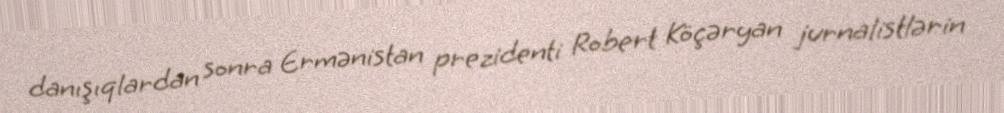
danışıqlardan sonra Ermənistan prezidenti Robert Köçəryan jurnalistlərin